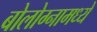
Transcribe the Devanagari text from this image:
बोलोग्नामध्ये